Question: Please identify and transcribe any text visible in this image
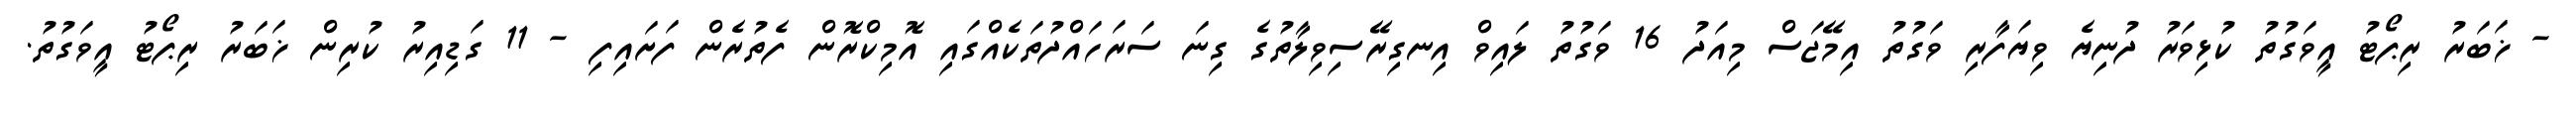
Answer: - ޚަބަރު ރިޕޯޓު އީވަގުތު ކުޅިވަރު ދުނިޔެ ވިޔަފާރި ވަގުތު އިމޭޖަސް މިއަދު 16 ވަގުތު ލައިވް އިނގިރޭސިވިލާތުގެ ގިނަ ސަރަހައްދުތަކެއްގައި އޮމިކްރޮން ފެތުރެން ފަށައިފި - 11 ގަޑިއިރު ކުރިން ޚަބަރު ރިޕޯޓު އީވަގުތު.